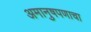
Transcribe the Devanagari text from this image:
अमानुषपणाचा